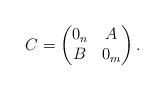
LaTeX: \begin{align*} C= \begin{pmatrix} 0_n & A \\ B & 0_m \end{pmatrix}.\end{align*}